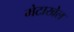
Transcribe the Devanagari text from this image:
मेटाखेल